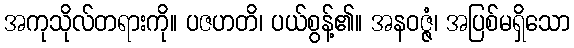
အကုသိုလ်တရားကို။ ပဇဟတိ၊ ပယ်စွန့်၏။ အနဝဇ္ဇံ၊ အပြစ်မရှိသော